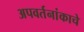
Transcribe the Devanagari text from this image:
अपवर्तनांकाचे